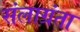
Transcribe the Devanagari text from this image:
संलाग्रंता